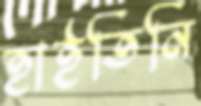
হাইতিনি